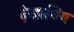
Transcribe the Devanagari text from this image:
देखानिय